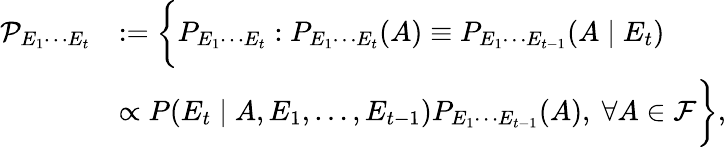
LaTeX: \begin{array}{rl}{\mathcal{P}_{E_{1}\cdots E_{t}}}&{:=\bigg\{ P_{E_{1}\cdots E_{t}}:P_{E_{1}\cdots E_{t}}(A)\equiv P_{E_{1}\cdots E_{t-1}}(A\mid E_{t})}\\ &{\propto P(E_{t}\mid A,E_{1},\ldots,E_{t-1})P_{E_{1}\cdots E_{t-1}}(A)\mathrm{,~}\forall A\in\mathcal{F}\bigg\} ,}\end{array}